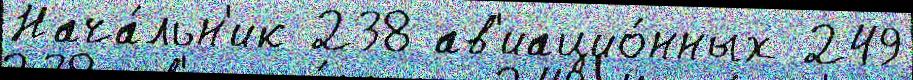
Нача́льн'ик 238 ав'иацио́нных 249